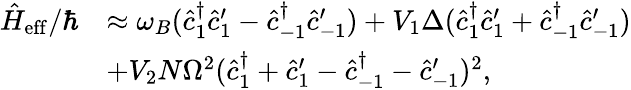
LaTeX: \begin{array}{rl}{\hat{H}_{\mathrm{eff}}/\hbar}&{\approx\omega_{B}(\hat{c}_{1}^{\dagger}\hat{c}_{1}^{\prime}-\hat{c}_{-1}^{\dagger}\hat{c}_{-1}^{\prime})+V_{1}\Delta(\hat{c}_{1}^{\dagger}\hat{c}_{1}^{\prime}+\hat{c}_{-1}^{\dagger}\hat{c}_{-1}^{\prime})}\\ &{+V_{2}N\Omega^{2}(\hat{c}_{1}^{\dagger}+\hat{c}_{1}^{\prime}-\hat{c}_{-1}^{\dagger}-\hat{c}_{-1}^{\prime})^{2},}\end{array}